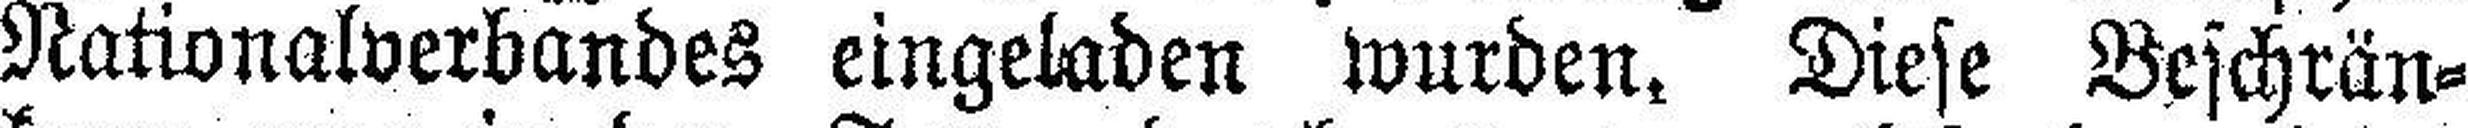
Nationalverbandes eingeladen wurden. Diese Beschrän¬